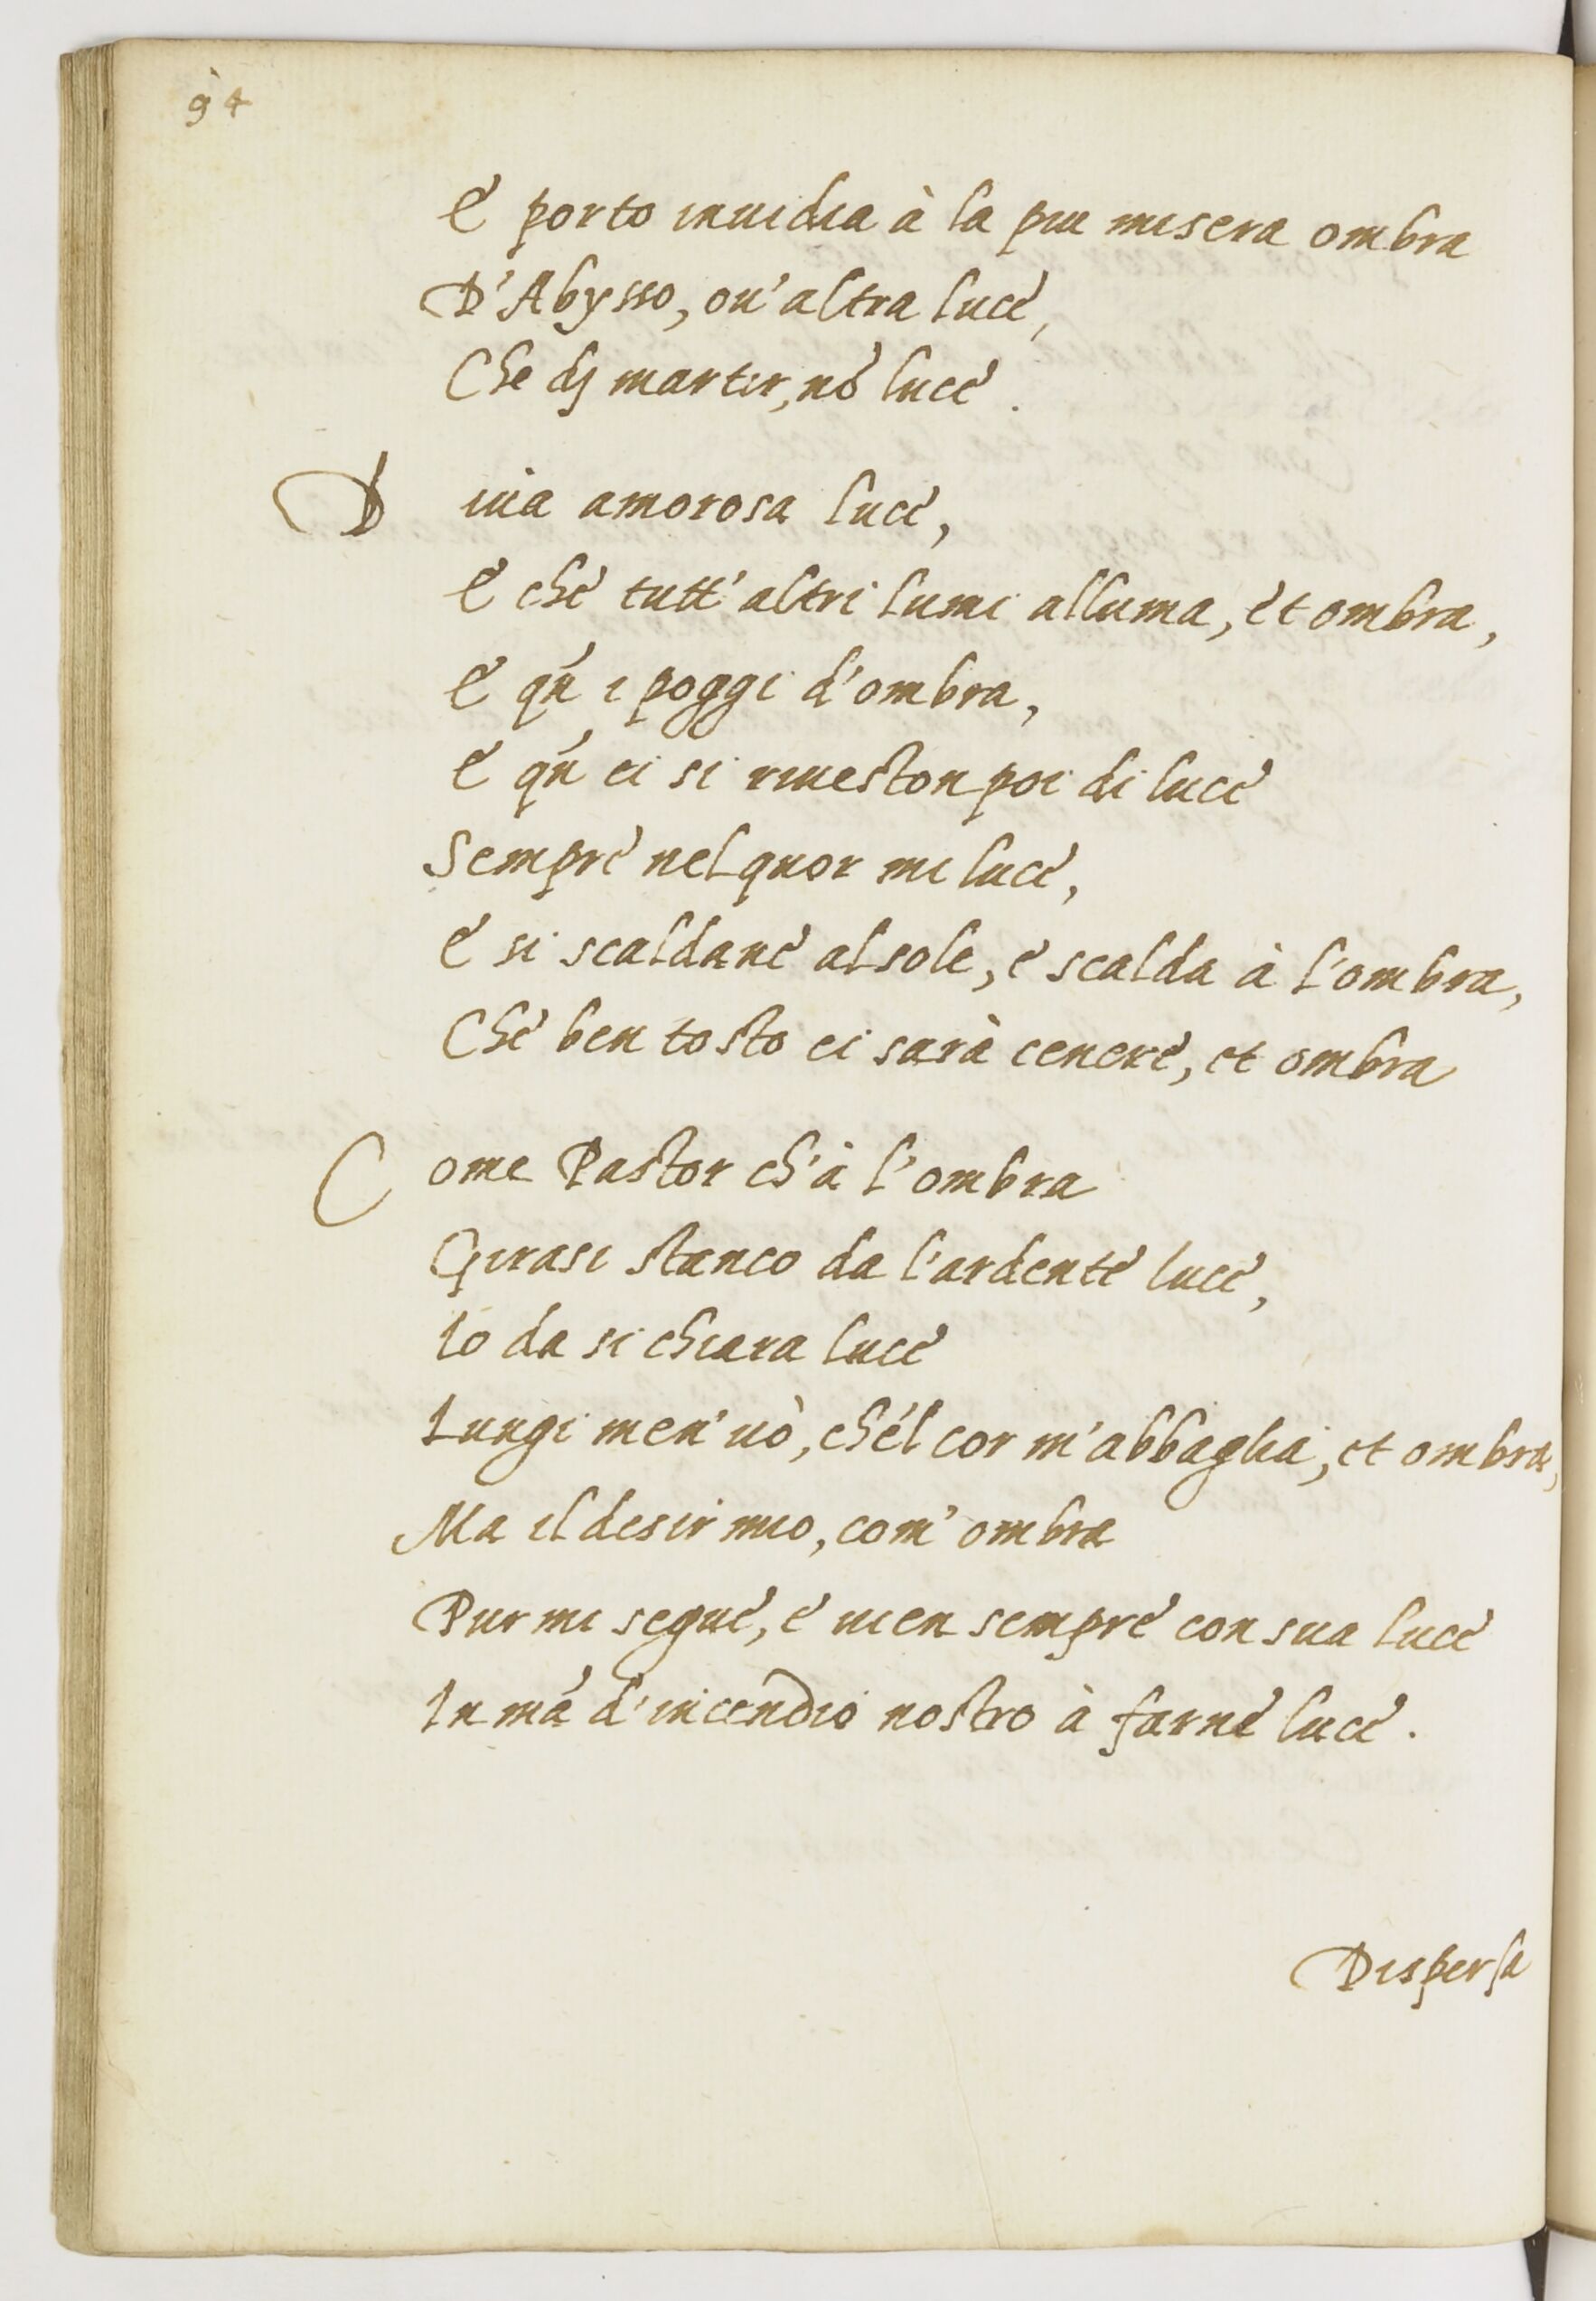
Shelfmark: Paris, BnF, ita. 1534
Century: 16